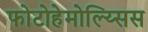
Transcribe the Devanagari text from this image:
फोटोहेमोल्य्सिस